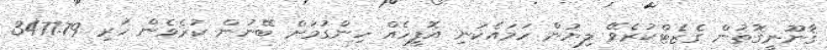
ޤާނޫނީގޮތުން ގެޒެޓްކުރެވޭ ލިޔުން ހަމައެކަނި އޮފީހެއް ހިންގުމަށް ބޭނުން ކުރެވެން ހުރި 3477.79